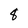
Character: 8